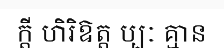
ក្តី ហិរិឱត្ត ប្បៈ គ្មាន